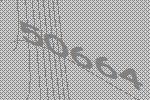
50664